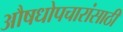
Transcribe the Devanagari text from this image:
औषधोपचारांसाठी